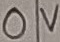
Text: 0V